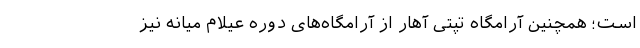
است؛ همچنین آرامگاه تپتی آهار از آرامگاه‌های دوره عیلام میانه نیز